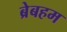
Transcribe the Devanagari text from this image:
ब्रेबहम